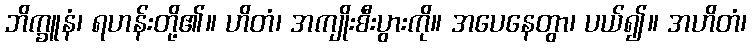
ဘိက္ခူနံ၊ ရဟန်းတို့၏။ ဟိတံ၊ အကျိုးစီးပွားကို။ အပေနေတွာ၊ ပယ်၍။ အဟိတံ၊